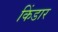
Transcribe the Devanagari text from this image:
किंडार